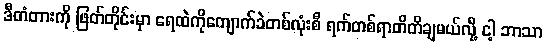
ဒီတံတားကို ဖြတ်တိုင်းမှာ ရေထဲကိုကျောက်ခဲတစ်လုံးစီ ရက်တစ်ရာတိတိချမယ်လို့ ငါ့ ဘာသာ